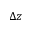
\Delta z